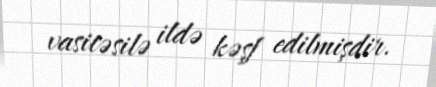
vasitəsilə ildə kəşf edilmişdir.